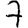
Digit: 7